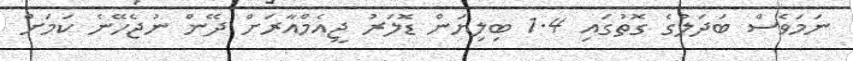
ނަމަވެސް ބަދަލުގެ ގޮތުގައި 1.4 ބިލިޔަން ޑޮލަރު ޖީއެމްއާރަށް ދޭން ނުޖެހޭނެ ކަމަށް